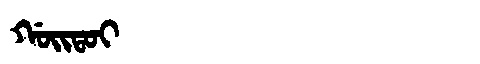
Manchu: ᡤᠣᡳᡨᠣᡳ
Romanization: GOITOI